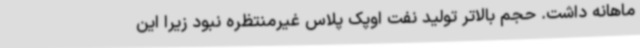
ماهانه داشت. حجم بالاتر تولید نفت اوپک پلاس غیرمنتظره نبود زیرا این